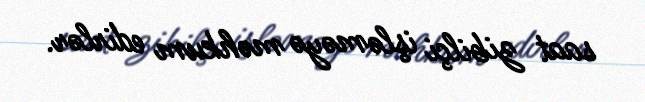
saat zibilçi işləməyə məhkum edirlər.